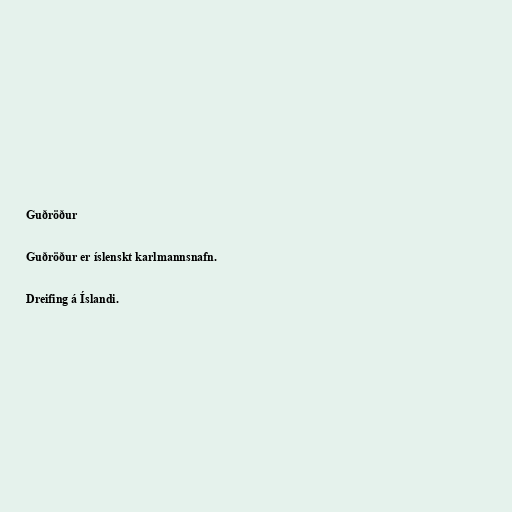
Guðröður

Guðröður er íslenskt karlmannsnafn.

Dreifing á Íslandi.